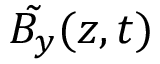
\tilde { B _ { y } } ( z , t )